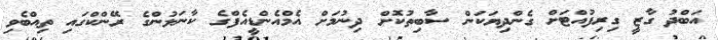
އަބްދު ގާޒީ ގިރިފުއްޓަށް ގެންދިޔަކަން ސާބިތުކޮށް ދިނުމަށް އެމްއެންޑީއެފްގެ ކާނަލުންގެ ރޭންކްގައި ތިއްބެވި